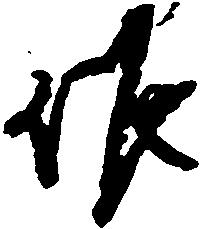
候